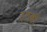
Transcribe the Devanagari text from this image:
उतबी